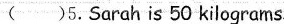
( )5.Sarah is 50 kilograms.